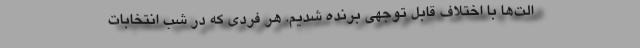
الت‌ها با اختلاف قابل توجهی برنده شدیم. هر فردی که در شب انتخابات